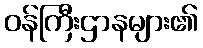
ဝန်ကြီးဌာနများ၏